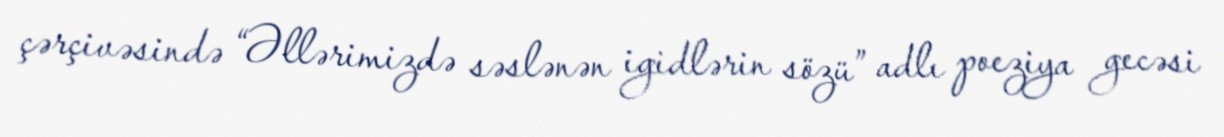
çərçivəsində “Əllərimizdə səslənən igidlərin sözü” adlı poeziya gecəsi